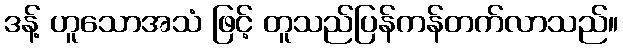
ဒန့် ဟူသောအသံ ဖြင့် တူသည်ပြန်ကန်တက်လာသည်။